Civil Veterinary Dept. Bombay admin report 1907-1913 - 1907-1913
Year: 1907
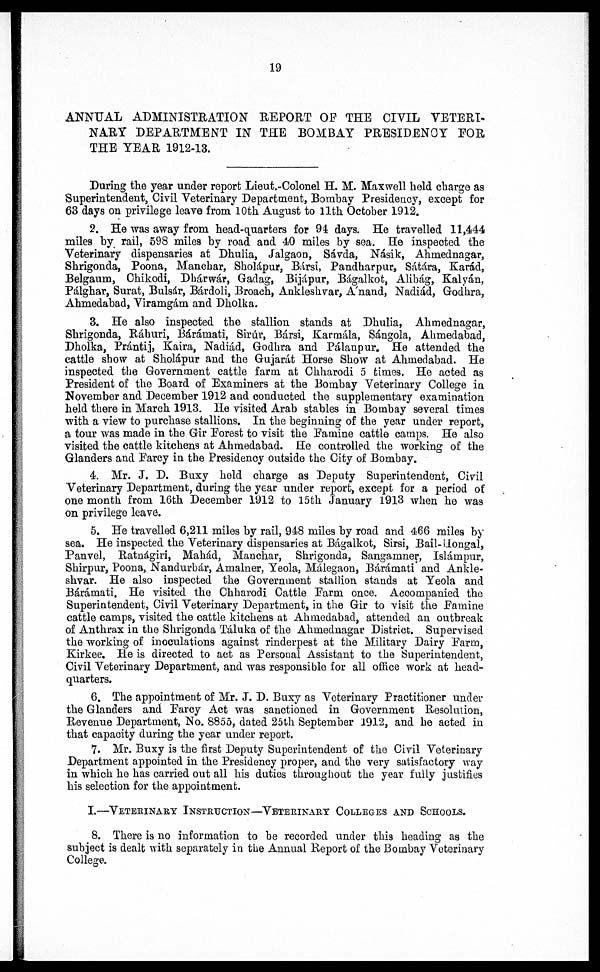
19
ANNUAL ADMINISTRATION REPORT OF THE CIVIL VETERI-
NARY DEPARTMENT IN THE BOMBAY PRESIDENCY FOR
THE YEAR 1912-13.
During the year under report Lieut.-Colonel H. M. Maxwell held charge as
Superintendent, Civil Veterinary Department, Bombay Presidency, except for
63 days on privilege leave from 10th August to 11th October 1912.
2. He was away from head-quarters for 94 days. He travelled 11,444
miles by rail, 598 miles by road and 40 miles by sea. He inspected the
Veterinary dispensaries at Dhulia, Jalgaon, Sávda, Násik, Ahmednagar,
Shrigonda, Poona, Manchar, Sholápur, Bársi, Pandharpur, Sátára, Karád,
Belgaum, Chikodi, Dhárwár, Gadag, Bijápur, Bágalkot, Alibág, Kalyán,
Pálghar, Surat, Bulsár, Bárdoli, Broach, Ankleshvar, Anand, Nadiád, Godhra,
Ahmedabad, Viramgám and Dholka.
3. He also inspected the stallion stands at Dhulia, Ahmednagar,
Shrigonda, Ráhuri, Bárámati, Sirúr, Bársi, Karmála, Sángola, Ahmedabad,
Dholka, Prántij, Kaira, Nadiád, Godhra and Pálanpur. He attended the
cattle show at Sholápur and the Gujarat Horse Show at Ahmedabad. He
inspected the Government cattle farm at Chharodi 5 times. He acted as
President of the Board of Examiners at the Bombay Veterinary College in
November and December 1912 and conducted the supplementary examination
held there in March 1913. He visited Arab stables in Bombay several times
with a view to purchase stallions. In the beginning of the year under report,
a tour was made in the Gir Forest to visit the Famine cattle camps. He also
visited the cattle kitchens at Ahmedabad. He controlled the working of the
Glanders and Farcy in the Presidency outside the City of Bombay.
4. Mr. J. D. Buxy held charge as Deputy Superintendent, Civil
Veterinary Department, during the year under report, except for a period of
one month from 16th December 1912 to 15th January 1913 when he was
on privilege leave.
5. He travelled 6,211 miles by rail, 948 miles by road and 466 miles by
sea. He inspected the Veterinary dispensaries at Bágalkot, Sirsi, Bail-Hongal,
Panvel, Ratnágiri, Mahád, Manchar, Shrigonda, Sangamner, Islámpur,
Shirpur, Poona, Nandurbár, Amalner, Yeola, Málegaon, Bárámati and Ankle-
shvar. He also inspected the Government stallion stands at Yeola and
Bárámati. He visited the Chharodi Cattle Farm once. Accompanied the
Superintendent, Civil Veterinary Department, in the Gir to visit the Famine
cattle camps, visited the cattle kitchens at Ahmedabad, attended an outbreak
of Anthrax in the Shrigonda Táluka of the Ahmednagar District. Supervised
the working of inoculations against rinderpest at the Military Dairy Farm,
Kirkee. He is directed to act as Personal Assistant to the Superintendent,
Civil Veterinary Department, and was responsible for all office work at head-
quarters.
6. The appointment of Mr. J. D. Buxy as Veterinary Practitioner under
the Glanders and Farcy Act was sanctioned in Government Resolution,
Revenue Department, No. 8855, dated 25th September 1912, and he acted in
that capacity during the year under report.
7. Mr. Buxy is the first Deputy Superintendent of the Civil Veterinary
Department appointed in the Presidency proper, and the very satisfactory way
in which he has carried out all his duties throughout the year fully justifies
his selection for the appointment.
I.—Veterinary Instruction—Veterinary Colleges and Schools.
8. There is no information to be recorded under this heading as the
subject is dealt with separately in the Annual Report of the Bombay Veterinary
College.